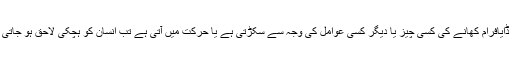
جب ڈایافرام کھانے کی کسی چیز یا دیگر کسی عوامل کی وجہ سے سکڑتی ہے یا حرکت میں آتی ہے تب انسان کو ہچکی لاحق ہو جاتی ہے۔